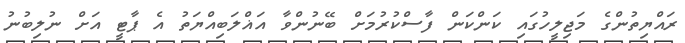
ރައްޔިތުންގެ މަޖިލީހުގައި ކަންކަން ފާސްކުރުމަށް ބޭނުންވާ އަޣްލަބިއްޔަތު އެ ޕާޓީ އަށް ނުލިބުނު